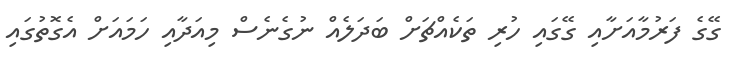
ގޭގެ ފަރުމާއަށާއި ގޭގައި ހުރި ތަކެއްޗަށް ބަދަލެއް ނުގެނެސް މިއަދާއި ހަމައަށް އެގޮތުގައި